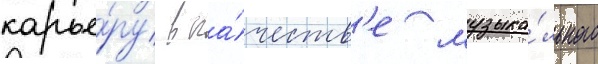
карье́ру в ка́честв'е музыка́льного